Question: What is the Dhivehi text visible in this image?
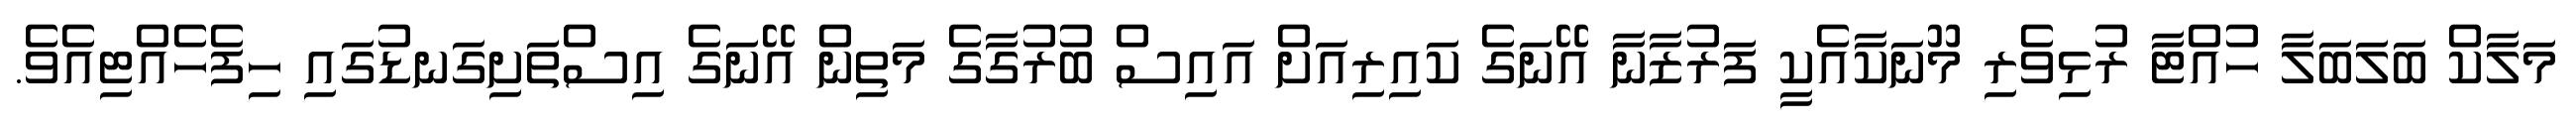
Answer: މަލާކް ބަލަބަލާ ހުއްޓާ ރުޅިވެރި މޫނަކާއެކީ ފަރުޒާނާ އޭނަގެ ކައިރިއަށް އައިސް ބުރުގާގެ މަތިން އޭނަގެ އިސްތަށިގަނޑުގައި ހިފެހެއްޓިއެވެ.